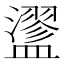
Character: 䀊